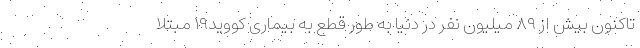
تاکنون بیش از ۸۹ میلیون نفر در دنیا به طور قطع به بیماری کووید۱۹ مبتلا